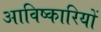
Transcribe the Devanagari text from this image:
आविष्कारियों